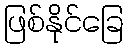
ဖြစ်နိုင်ခြေ